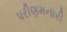
પરીણમનારી